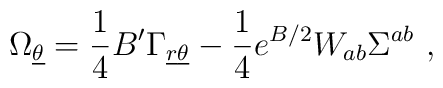
\nonumber\Omega_{\underline\theta} = {1\over 4} B' \Gamma_{{\underline r} \underline\theta}-{1\over 4} e^{B/2} W_{ab}\Sigma^{ab}~,